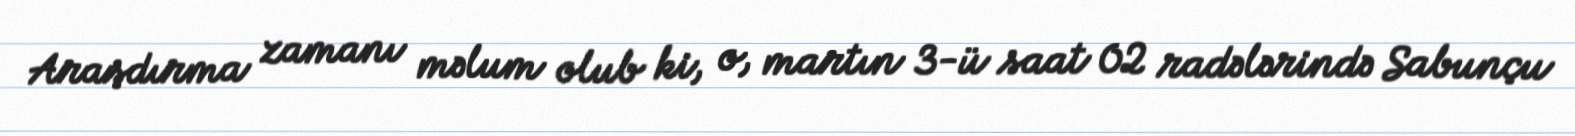
Araşdırma zamanı məlum olub ki, o, martın 3-ü saat 02 radələrində Sabunçu